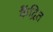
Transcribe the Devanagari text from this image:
कैंद्रित